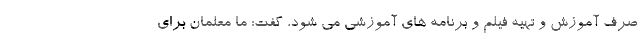
صرف آموزش و تهیه فیلم و برنامه های آموزشی می شود، گفت: ما معلمان برای